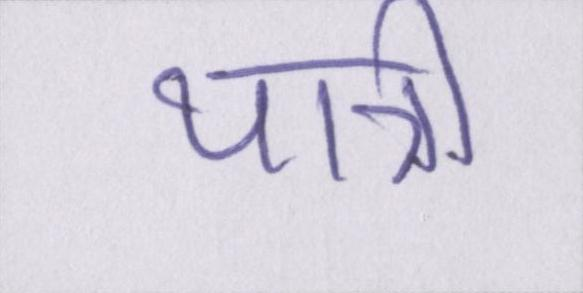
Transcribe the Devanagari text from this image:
यात्री